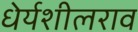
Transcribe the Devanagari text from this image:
धेर्यशीलराव